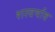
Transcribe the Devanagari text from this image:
शरवर्षाव